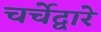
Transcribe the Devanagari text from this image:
चर्चेद्वारे